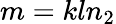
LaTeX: m=kln_{2}